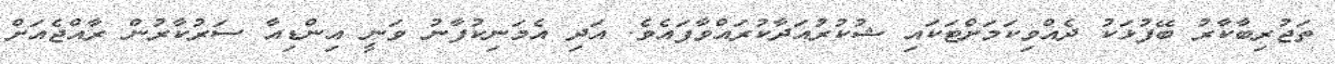
ތަޖުރިބާކާރު ބޭފުޅަކު ދެއްވިކަމަށްޓަކައި ޝުކުރުއަދާކުރައްވާފައެވެ. އަދި އެމަނިކުފާނު ވަނީ އިންޑިއާ ސަރުކާރުން ރާއްޖެއަށް